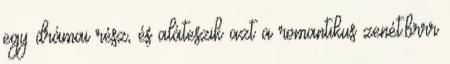
egy drámai rész, és aláteszik azt a romantikus zenét.brrr